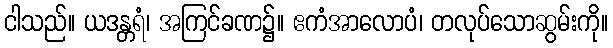
ငါသည်။ ယဒန္တရံ၊ အကြင်ခဏ၌။ ဧကံအာလောပံ၊ တလုပ်သောဆွမ်းကို။